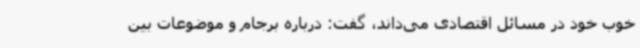
خوب خود در مسائل اقتصادی می‌داند، گفت: درباره برجام و موضوعات بین